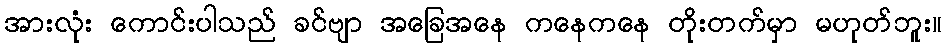
အားလုံး ကောင်းပါသည် ခင်ဗျာ အခြေအနေ ကနေကနေ တိုးတက်မှာ မဟုတ်ဘူး။